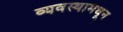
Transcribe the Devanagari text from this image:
व्यवस्थामधून